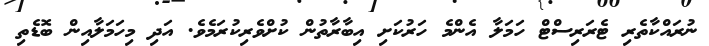
ނުރައްކާތެރި ޓެރަރިސްޓް ހަމަލާ އެންމެ ހަރުކަށި އިބާރާތުން ކުށްވެރިކުރަމެވެ. އަދި މިހަމަލާއިން ބޮޑެތި